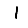
Digit: 1